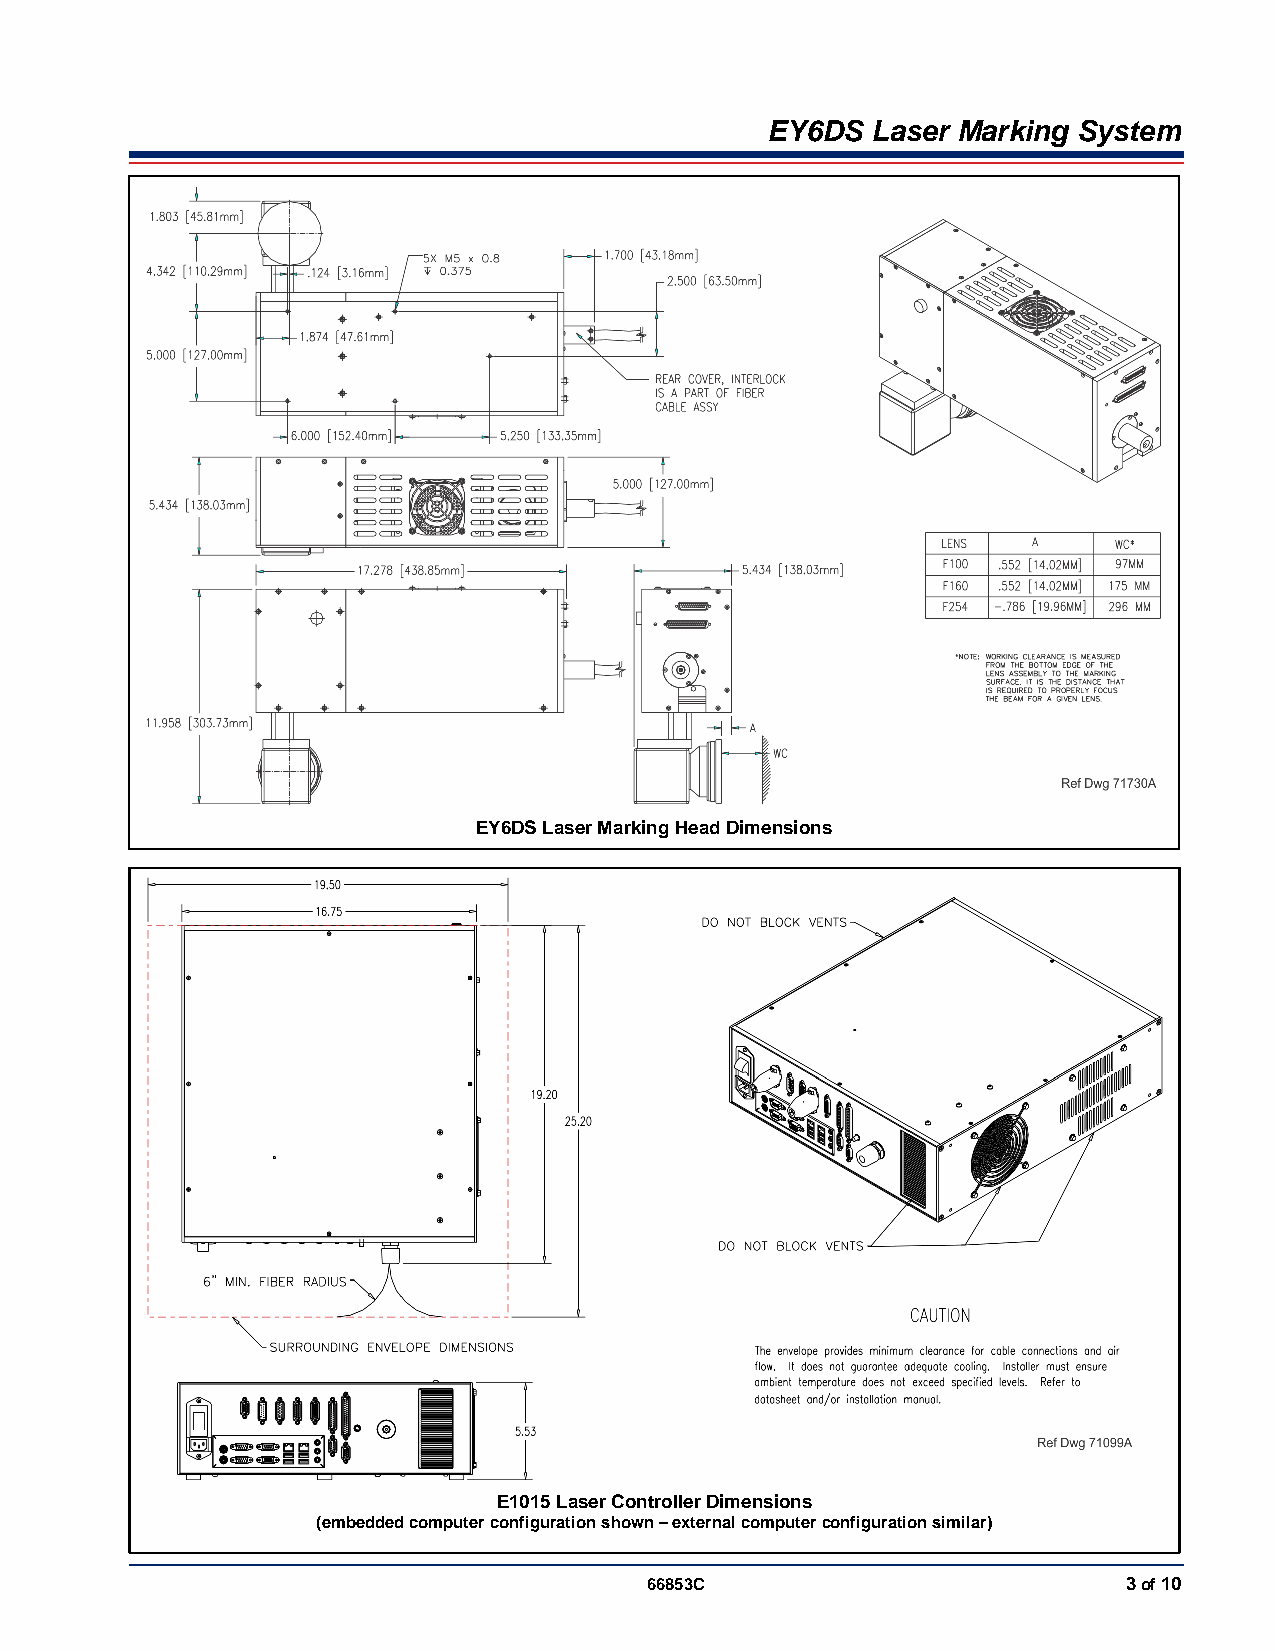
EY6DS  Laser Marking System
 EY6DS Laser Marking Head Dimensions
 E1015 Laser Controller Dimensions
 (embedded computer configuration shown – external computer configuration similar)
 66853C                          3 of 10